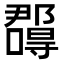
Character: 𭌉